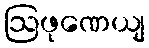
ဩဖုဏေယျ